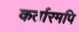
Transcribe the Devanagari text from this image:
कर्तारमपि